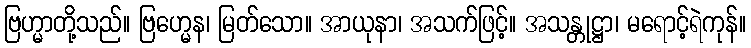
ဗြဟ္မာတို့သည်။ ဗြဟ္မေန၊ မြတ်သော။ အာယုနာ၊ အသက်ဖြင့်။ အသန္တုဋ္ဌာ၊ မရောင့်ရဲကုန်။